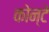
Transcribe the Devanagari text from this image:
कोन्टे